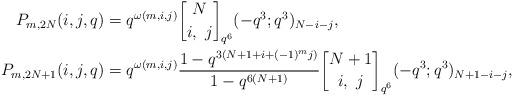
LaTeX: \begin{align*}P_{m,2N} (i,j,q) &= q^{\omega(m,i,j)} \genfrac{[}{]}{0pt}{}{N}{i,\ j}_{q^6} (-q^3;q^3)_{N-i-j},\\P_{m,2N+1} (i,j,q) &= q^{\omega(m,i,j)} \frac{1-q^{3(N+1+i+(-1)^m j)}}{1-q^{6(N+1)}} \genfrac{[}{]}{0pt}{}{N+1}{i,\ j}_{q^6} (-q^3;q^3)_{N+1-i-j},\end{align*}